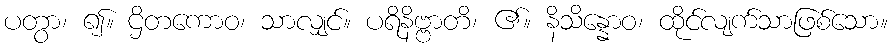
ပတွာ၊ ၍။ ဌိတကောဝ၊ သာလျှင်။ ပရိနိဗ္ဗာတိ၊ ၏။ နိသိန္နောဝ၊ ထိုင်လျက်သာဖြစ်သော။